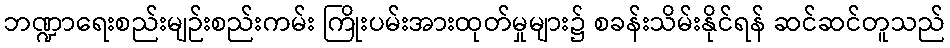
ဘဏ္ဍာရေးစည်းမျဉ်းစည်းကမ်း ကြိုးပမ်းအားထုတ်မှုများ၌ စခန်းသိမ်းနိုင်ရန် ဆင်ဆင်တူသည်